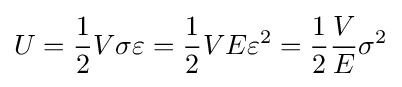
U={\frac {1}{2}}V\sigma \varepsilon ={\frac {1}{2}}VE\varepsilon ^{2}={\frac {1}{2}}{\frac {V}{E}}\sigma ^{2}